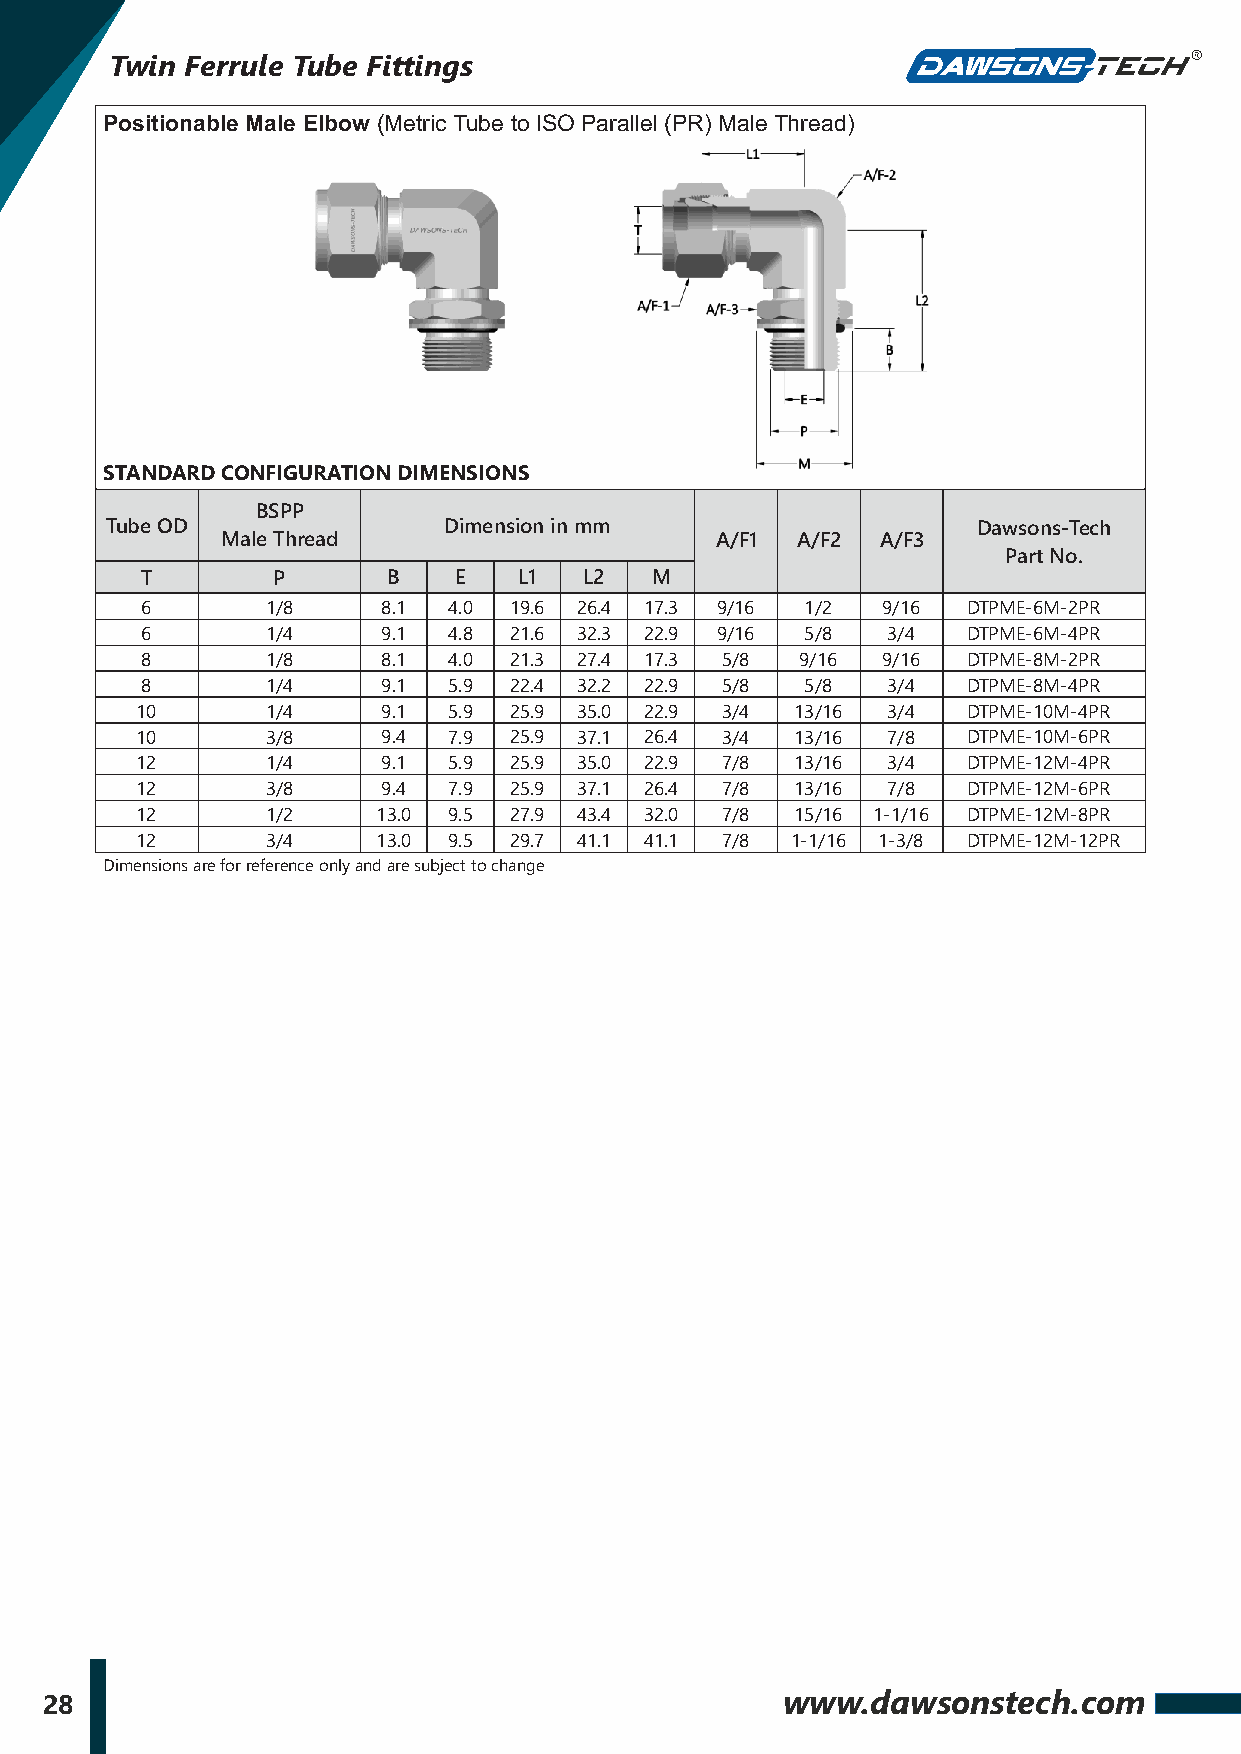
Twin Ferrule Tube Fittings
 Positionable Male Elbow (Metric Tube to ISO Parallel (PR) Male Thread)
 STANDARD CONFIGURATION DIMENSIONS
 BSPP
 Tube OD               Dimension in mm                     Dawsons-Tech
 Male Thread                     A/F1  A/F2 A/F3
 Part No.
 T        P       B   E   L1   L2  M
 6        1/8    8.1  4.0 19.6 26.4 17.3 9/16 1/2 9/16  DTPME-6M-2PR
 6        1/4    9.1  4.8 21.6 32.3 22.9 9/16 5/8  3/4  DTPME-6M-4PR
 8        1/8    8.1  4.0 21.3 27.4 17.3 5/8 9/16 9/16  DTPME-8M-2PR
 8        1/4    9.1  5.9 22.4 32.2 22.9 5/8 5/8   3/4  DTPME-8M-4PR
 10       1/4    9.1  5.9 25.9 35.0 22.9 3/4 13/16 3/4  DTPME-10M-4PR
 10       3/8    9.4  7.9 25.9 37.1 26.4 3/4 13/16 7/8  DTPME-10M-6PR
 12       1/4    9.1  5.9 25.9 35.0 22.9 7/8 13/16 3/4  DTPME-12M-4PR
 12       3/8    9.4  7.9 25.9 37.1 26.4 7/8 13/16 7/8  DTPME-12M-6PR
 12       1/2    13.0 9.5 27.9 43.4 32.0 7/8 15/16 1-1/16 DTPME-12M-8PR
 12       3/4    13.0 9.5 29.7 41.1 41.1 7/8 1-1/16 1-3/8 DTPME-12M-12PR
 Dimensions are for reference only and are subject to change
 28                                               www.dawsonstech.com